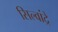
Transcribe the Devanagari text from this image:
सिल्वांद्रे